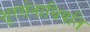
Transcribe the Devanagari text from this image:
शूरसेनाधिपति